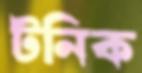
টনিক